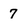
Character: 7